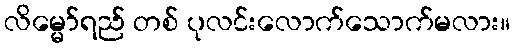
လိမ္မော်ရည် တစ် ပုလင်းလောက်သောက်မလား။